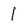
Character: l